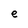
Character: e